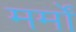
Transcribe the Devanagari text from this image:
मर्मों